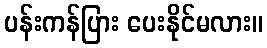
ပန်းကန်ပြား ပေးနိုင်မလား။